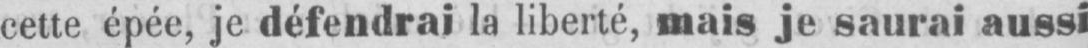
cette épée, je défendrai la liberté, mais je saurai aussi